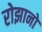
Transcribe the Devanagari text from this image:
रोझानो